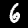
Digit: 6